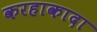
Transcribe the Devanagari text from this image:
करहाकादा